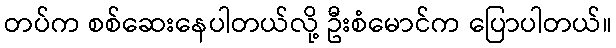
တပ်က စစ်ဆေးနေပါတယ်လို့ ဦးစံမောင်က ပြောပါတယ်။